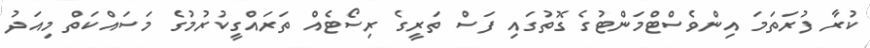
ކުރާ ފުރަތަމަ އިންވެސްޓްމަންޓުގެ ގޮތުގައި ފަސް ތަރީގެ ރިސޯޓެއް ތަރައްގީކުރުމުގެ މަސައްކަތް މިއަދު